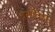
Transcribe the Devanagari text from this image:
प्रसंगीदेखील